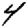
Digit: 4